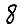
Digit: 8